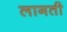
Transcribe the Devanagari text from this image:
लागती